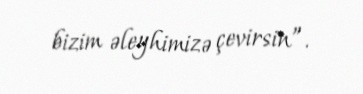
bizim əleyhimizə çevirsin”.